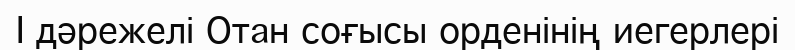
I дәрежелі Отан соғысы орденінің иегерлері